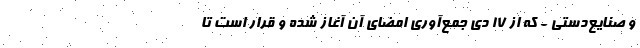
و صنایع‌دستی - که از ۱۷ دی جمع‌آوری امضای آن آغاز شده و قرار است تا